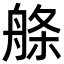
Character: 𦩁